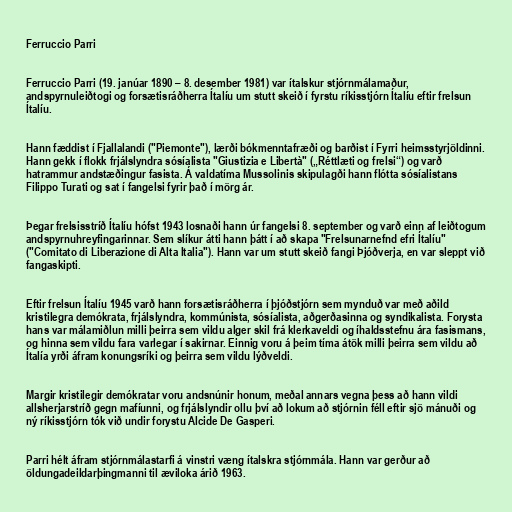
Ferruccio Parri

Ferruccio Parri (19. janúar 1890 – 8. desember 1981) var ítalskur stjórnmálamaður,
andspyrnuleiðtogi og forsætisráðherra Ítalíu um stutt skeið í fyrstu ríkisstjórn Ítalíu eftir frelsun
Ítalíu.

Hann fæddist í Fjallalandi ("Piemonte"), lærði bókmenntafræði og barðist í Fyrri heimsstyrjöldinni.
Hann gekk í flokk frjálslyndra sósíalista "Giustizia e Libertà" („Réttlæti og frelsi“) og varð
hatrammur andstæðingur fasista. Á valdatíma Mussolinis skipulagði hann flótta sósíalistans
Filippo Turati og sat í fangelsi fyrir það í mörg ár.

Þegar frelsisstríð Ítalíu hófst 1943 losnaði hann úr fangelsi 8. september og varð einn af leiðtogum
andspyrnuhreyfingarinnar. Sem slíkur átti hann þátt í að skapa "Frelsunarnefnd efri Ítalíu"
("Comitato di Liberazione di Alta Italia"). Hann var um stutt skeið fangi Þjóðverja, en var sleppt við
fangaskipti.

Eftir frelsun Ítalíu 1945 varð hann forsætisráðherra í þjóðstjórn sem mynduð var með aðild
kristilegra demókrata, frjálslyndra, kommúnista, sósíalista, aðgerðasinna og syndikalista. Forysta
hans var málamiðlun milli þeirra sem vildu alger skil frá klerkaveldi og íhaldsstefnu ára fasismans,
og hinna sem vildu fara varlegar í sakirnar. Einnig voru á þeim tíma átök milli þeirra sem vildu að
Ítalía yrði áfram konungsríki og þeirra sem vildu lýðveldi.

Margir kristilegir demókratar voru andsnúnir honum, meðal annars vegna þess að hann vildi
allsherjarstríð gegn mafíunni, og frjálslyndir ollu því að lokum að stjórnin féll eftir sjö mánuði og
ný ríkisstjórn tók við undir forystu Alcide De Gasperi.

Parri hélt áfram stjórnmálastarfi á vinstri væng ítalskra stjórnmála. Hann var gerður að
öldungadeildarþingmanni til æviloka árið 1963.